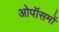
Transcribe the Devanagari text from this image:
ओपॉसमों